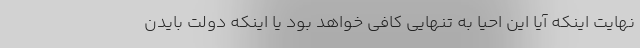
نهایت اینکه آیا این احیا به تنهایی کافی خواهد بود یا اینکه دولت بایدن